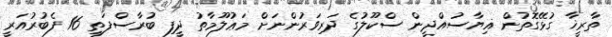
ތާރީޚާ ގުޅޭގޮތުން ޣިޔާސުއްދީން ސްކޫލުގެ ދަރިވަރުންނަށް މަޢުލޫމާތު ދީފި ބުރާސްފަތި 16 ފެބުރުއަރީ